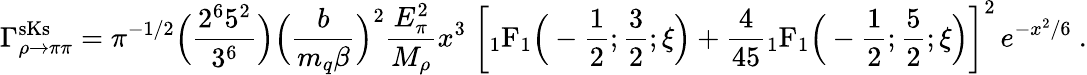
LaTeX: \Gamma_{\rho\to\pi\pi}^{\mathrm{sKs}}=\pi^{-1/2}\Big({\frac{2^{6}5^{2}}{3^{6}}}\Big)\Big({\frac{b}{m_{q}\beta}}\Big)^{2}{\frac{E_{\pi}^{2}}{M_{\rho}}}x^{3}\; \bigg[{}_{1}\mathrm{F}_{1}\Big(-{\frac{1}{2}};{\frac{3}{2}};\xi\Big)+{\frac{4}{45}}{}_{1}\mathrm{F}_{1}\Big(-{\frac{1}{2}};{\frac{5}{2}};\xi\Big)\bigg]^{2}\, e^{-x^{2}/6}\ .